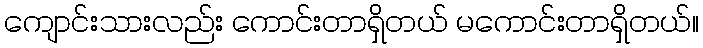
ကျောင်းသားလည်း ကောင်းတာရှိတယ် မကောင်းတာရှိတယ်။